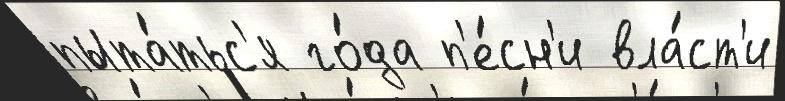
пыта́тьс'я го́да п'е́сн'и вла́ст'и